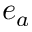
e _ { a }